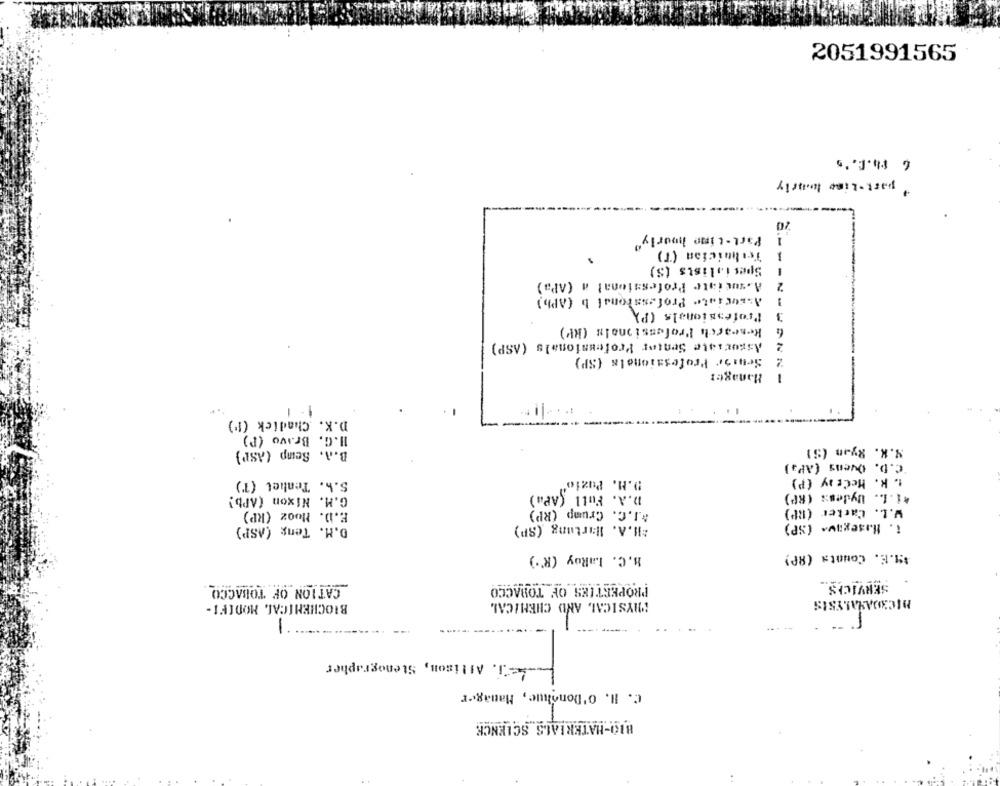
2051991565
6 $h.C.'s
part .Lime hourly
Part-time hourly"
Termician (T)
Specialists (S)
A.suciate Professional # (APa)
2
Associate Professional b (APh)
Professionals (PA
3
Research Professionals (RV)
Associate Senter Professionals (ASP)
2
Senast Professionals (SP)
Manager
WANN
-
D.K. Chadick (!')
H.G. Bravo (P)
S.K. Ryan (S)
B.A. Semp (ASP)
C.D. Ovens (AP.)
t. k. HeCe ay (P)
S.b. Tenhet (T)
D.M. Puzio"
D.A. Full (APa)
*i.L .. Wydess (RP)
G.M. Nixon (APb)
&J.C. Crump (RP)
W.L. Carter (RP)
E.D. Mooz (RP)
D.M. Teng (ASP)
*H.A. Hartung (SP)
i. Hasegav. (SP)
B. C. LaRoy (R'.)
$M.E. Count= (RP)
SERVICES_
CATION OF TOBACCO
PROPERTIES OF TOBACCO
BIOCHEMICAL MODIFI-
PHYSICAL AND CHEMICAL
MICROANALYSIS
1
1
J. Allison, Stenographer
C. H. O'Donohue, Manager
BIO-MATERIALS SCIENCE